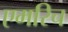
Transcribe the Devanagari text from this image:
एमरिच